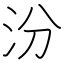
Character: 汾